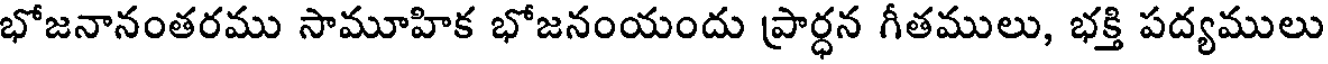
భోజనానంతరము సామూహిక భోజనంయందు ప్రార్ధన గీతములు, భక్తి పద్యములు